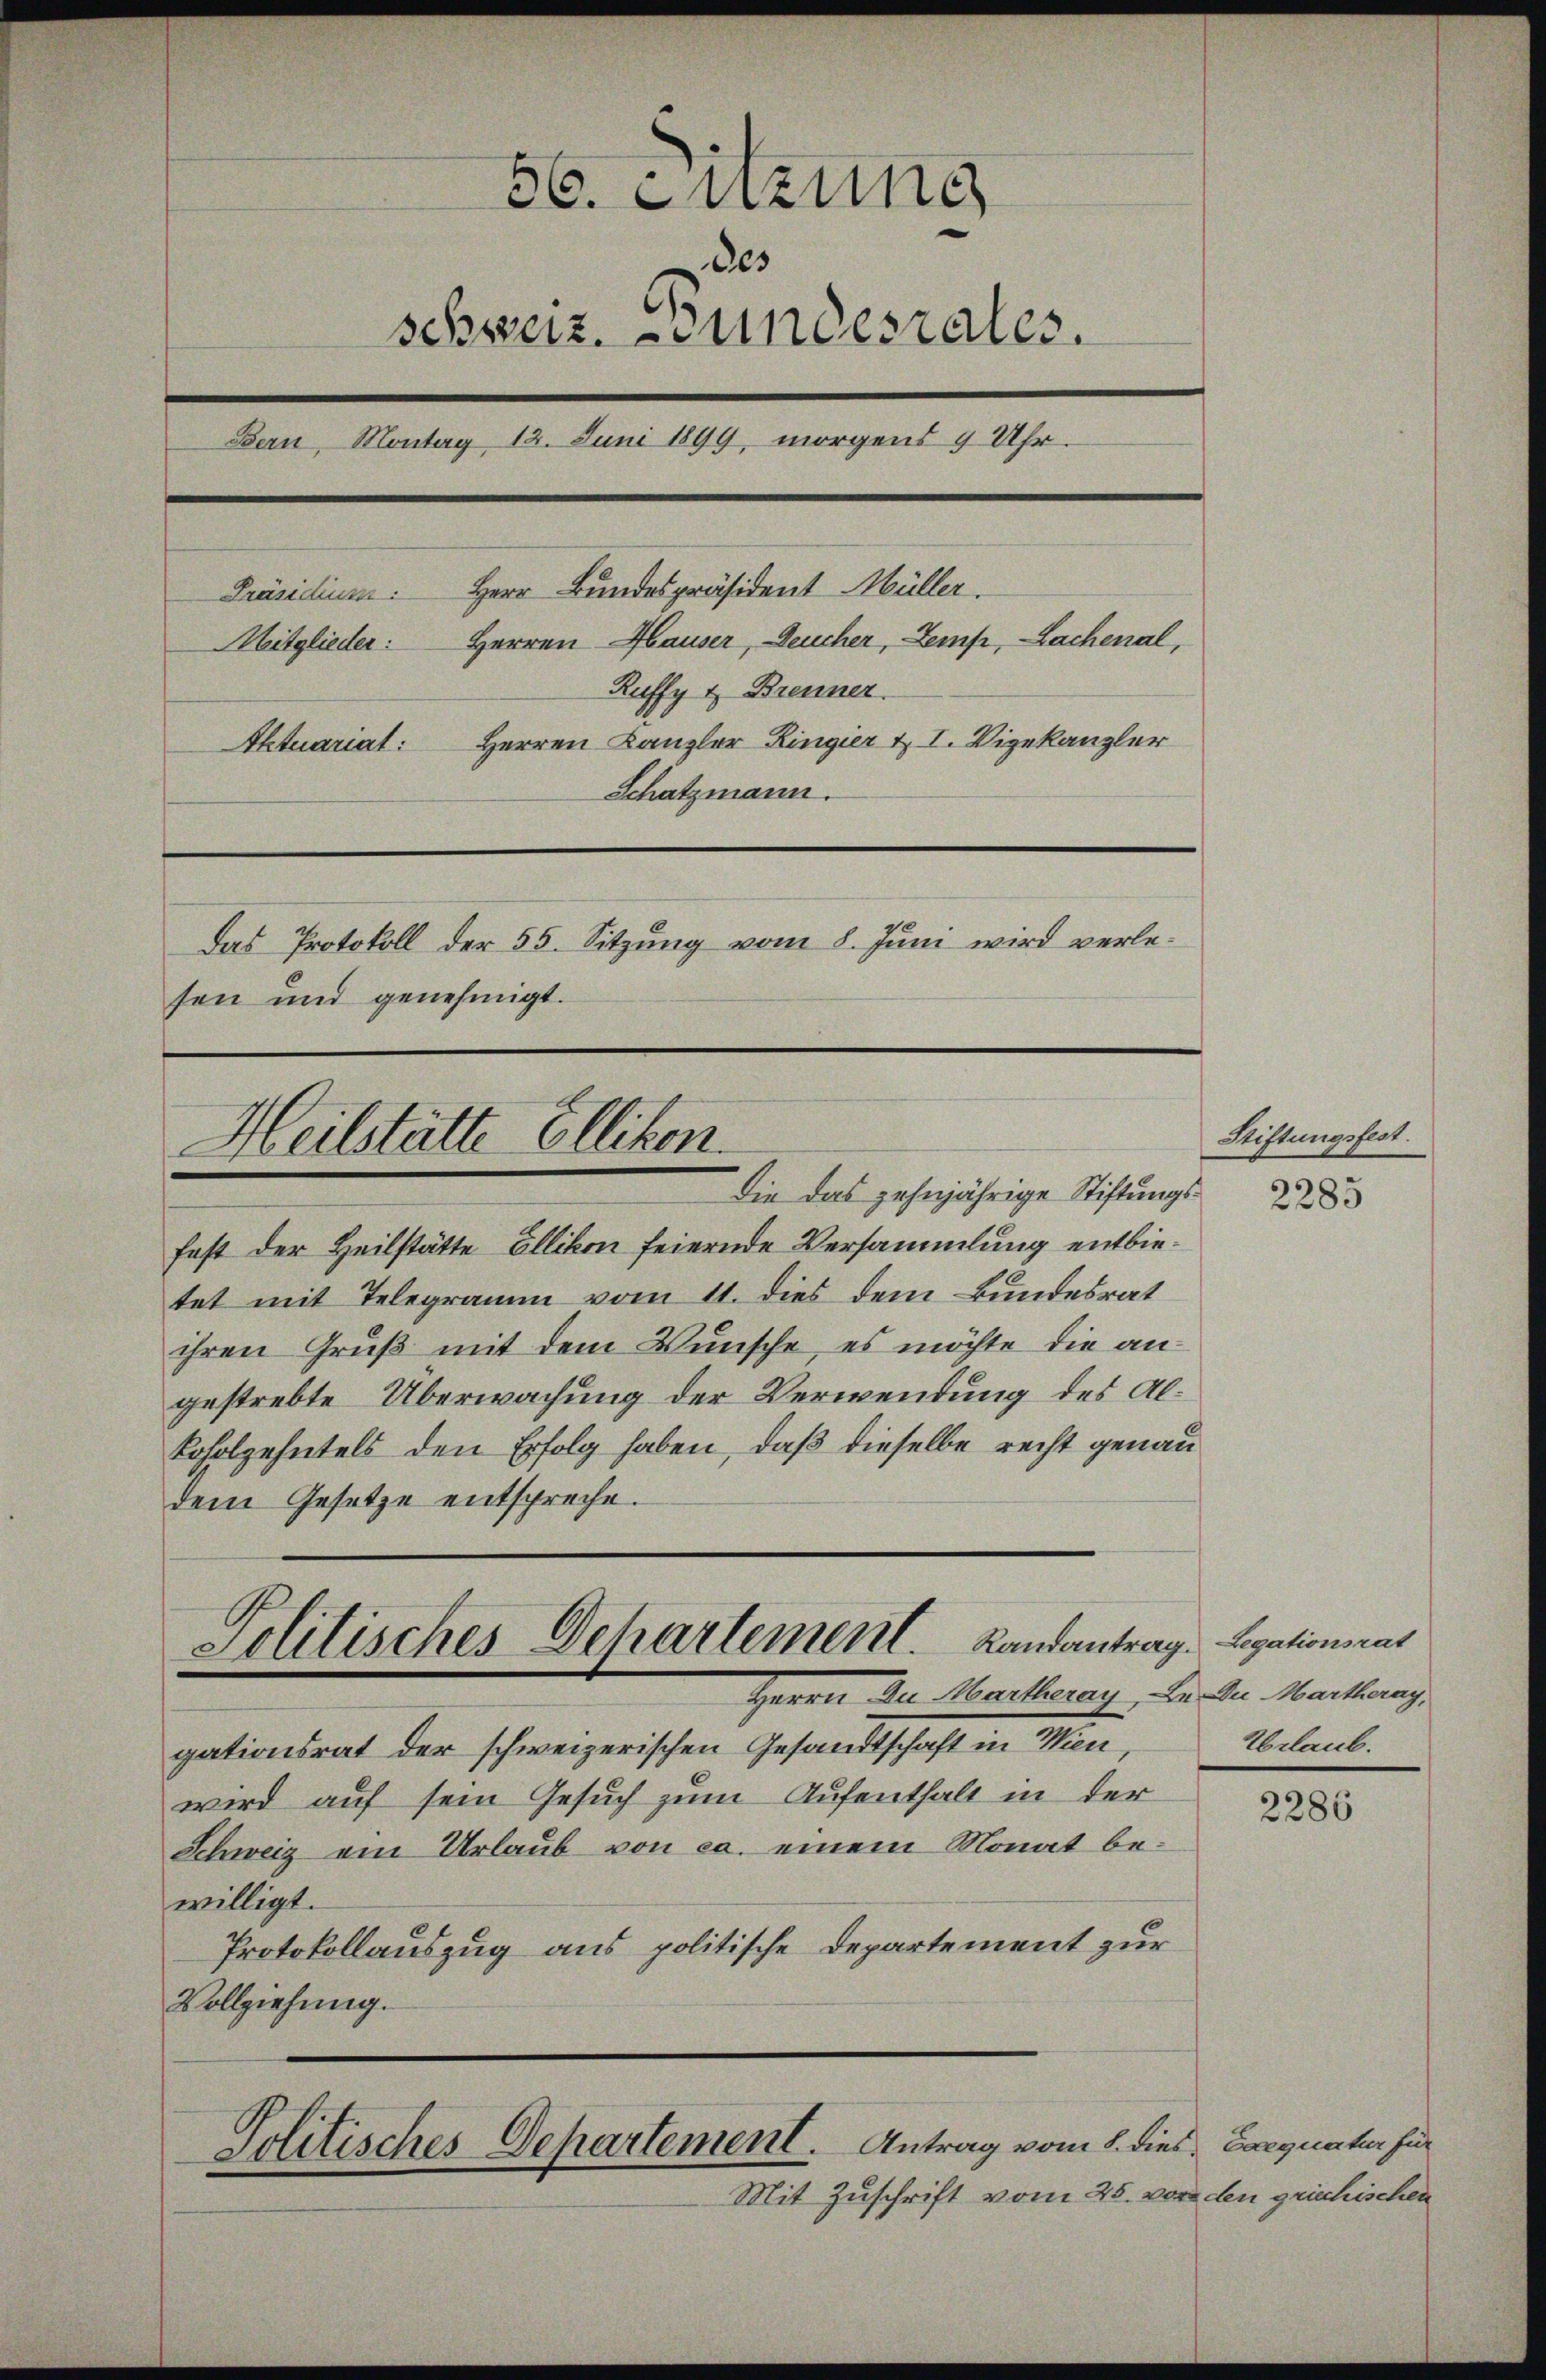
56. Entzung
des
schweiz. Bundesrates.
Bern, Montag 12. Juni 1899, morgens 9 Uhr.
Herr Bundespräsident Müller.
Präsidium.
Mitglieder: Herren Hauser, Deucher, emp, Lachenal,
Ruffy & Brenner
Aktuariat: Herren Kanzler Ringier u. I. Vizekanzler
Schatzmann.
das Protokoll der 55. Sitzung vom 8. Juni wird verlesen und genehmigt.

Heilstätte Elliken.

fast der Heilstätte Ellikon feiernde Versammlung entbietet mit Telegramm vom 11. dies dem Bundesrat
ihren Gruß mit dem Wunsche, es möchte die angestrebte Überwachung der Verwendung des Al¬
Loholzehntels den Erfolg haben, daß dieselbe recht genau
dem Gesetze entspreche.

Politisches Dehartement. Landantrag. Legationsrat
Herrn Zu Martheray, Dr. Die Martheray,

gationsrat der schweizerischen Gesandtschaft in Wien,
wird auf sein Gesuch zum Aufenthalt in der
Schweiz am Urlaub von ca. einem Monat bewilligt.
Protokollauszug aus politische Departement zur
Vollziehung.

Politisches Departement. Antrag vom 8. dies Exequatur für

die das zehnjährige Stiftungs¬

Mit Zuschrift vom 25. vor den griechischen

Stiftungsfest.

2285

Erlaub.

2286